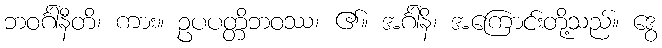
ဘဝင်္ဂါနီတိ၊ ကား။ ဥပပတ္တိဘဝဿ၊ ၏။ အင်္ဂါနိ၊ အကြောင်းတို့သည်။ ဒွေ